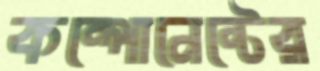
কম্পোনেন্টের